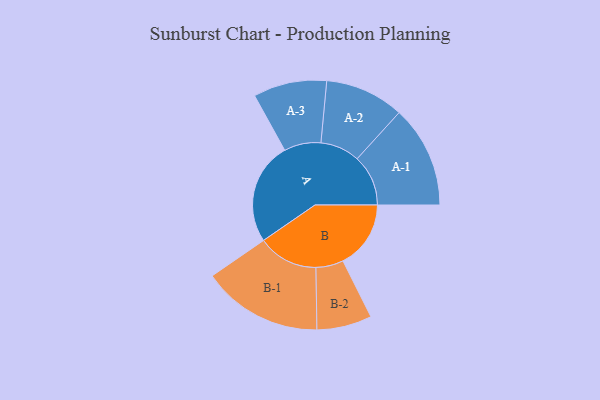
{"axis": {"x": "Segment", "y": "Value"}, "legend": ["", "A", "B"], "data": [{"x": "A", "y": 487, "type": ""}, {"x": "B", "y": 323, "type": ""}, {"x": "A-1", "y": 243, "type": "A"}, {"x": "A-2", "y": 188, "type": "A"}, {"x": "A-3", "y": 175, "type": "A"}, {"x": "B-1", "y": 287, "type": "B"}, {"x": "B-2", "y": 131, "type": "B"}]}